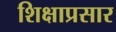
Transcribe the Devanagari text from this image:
शिक्षाप्रसार